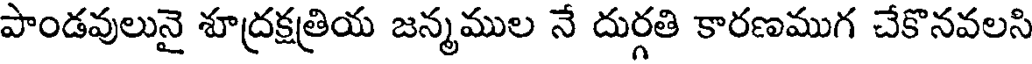
పాండవులునై శూద్రక్షత్రియ జన్మముల నే దుర్గతి కారణముగ చేకొనవలసి